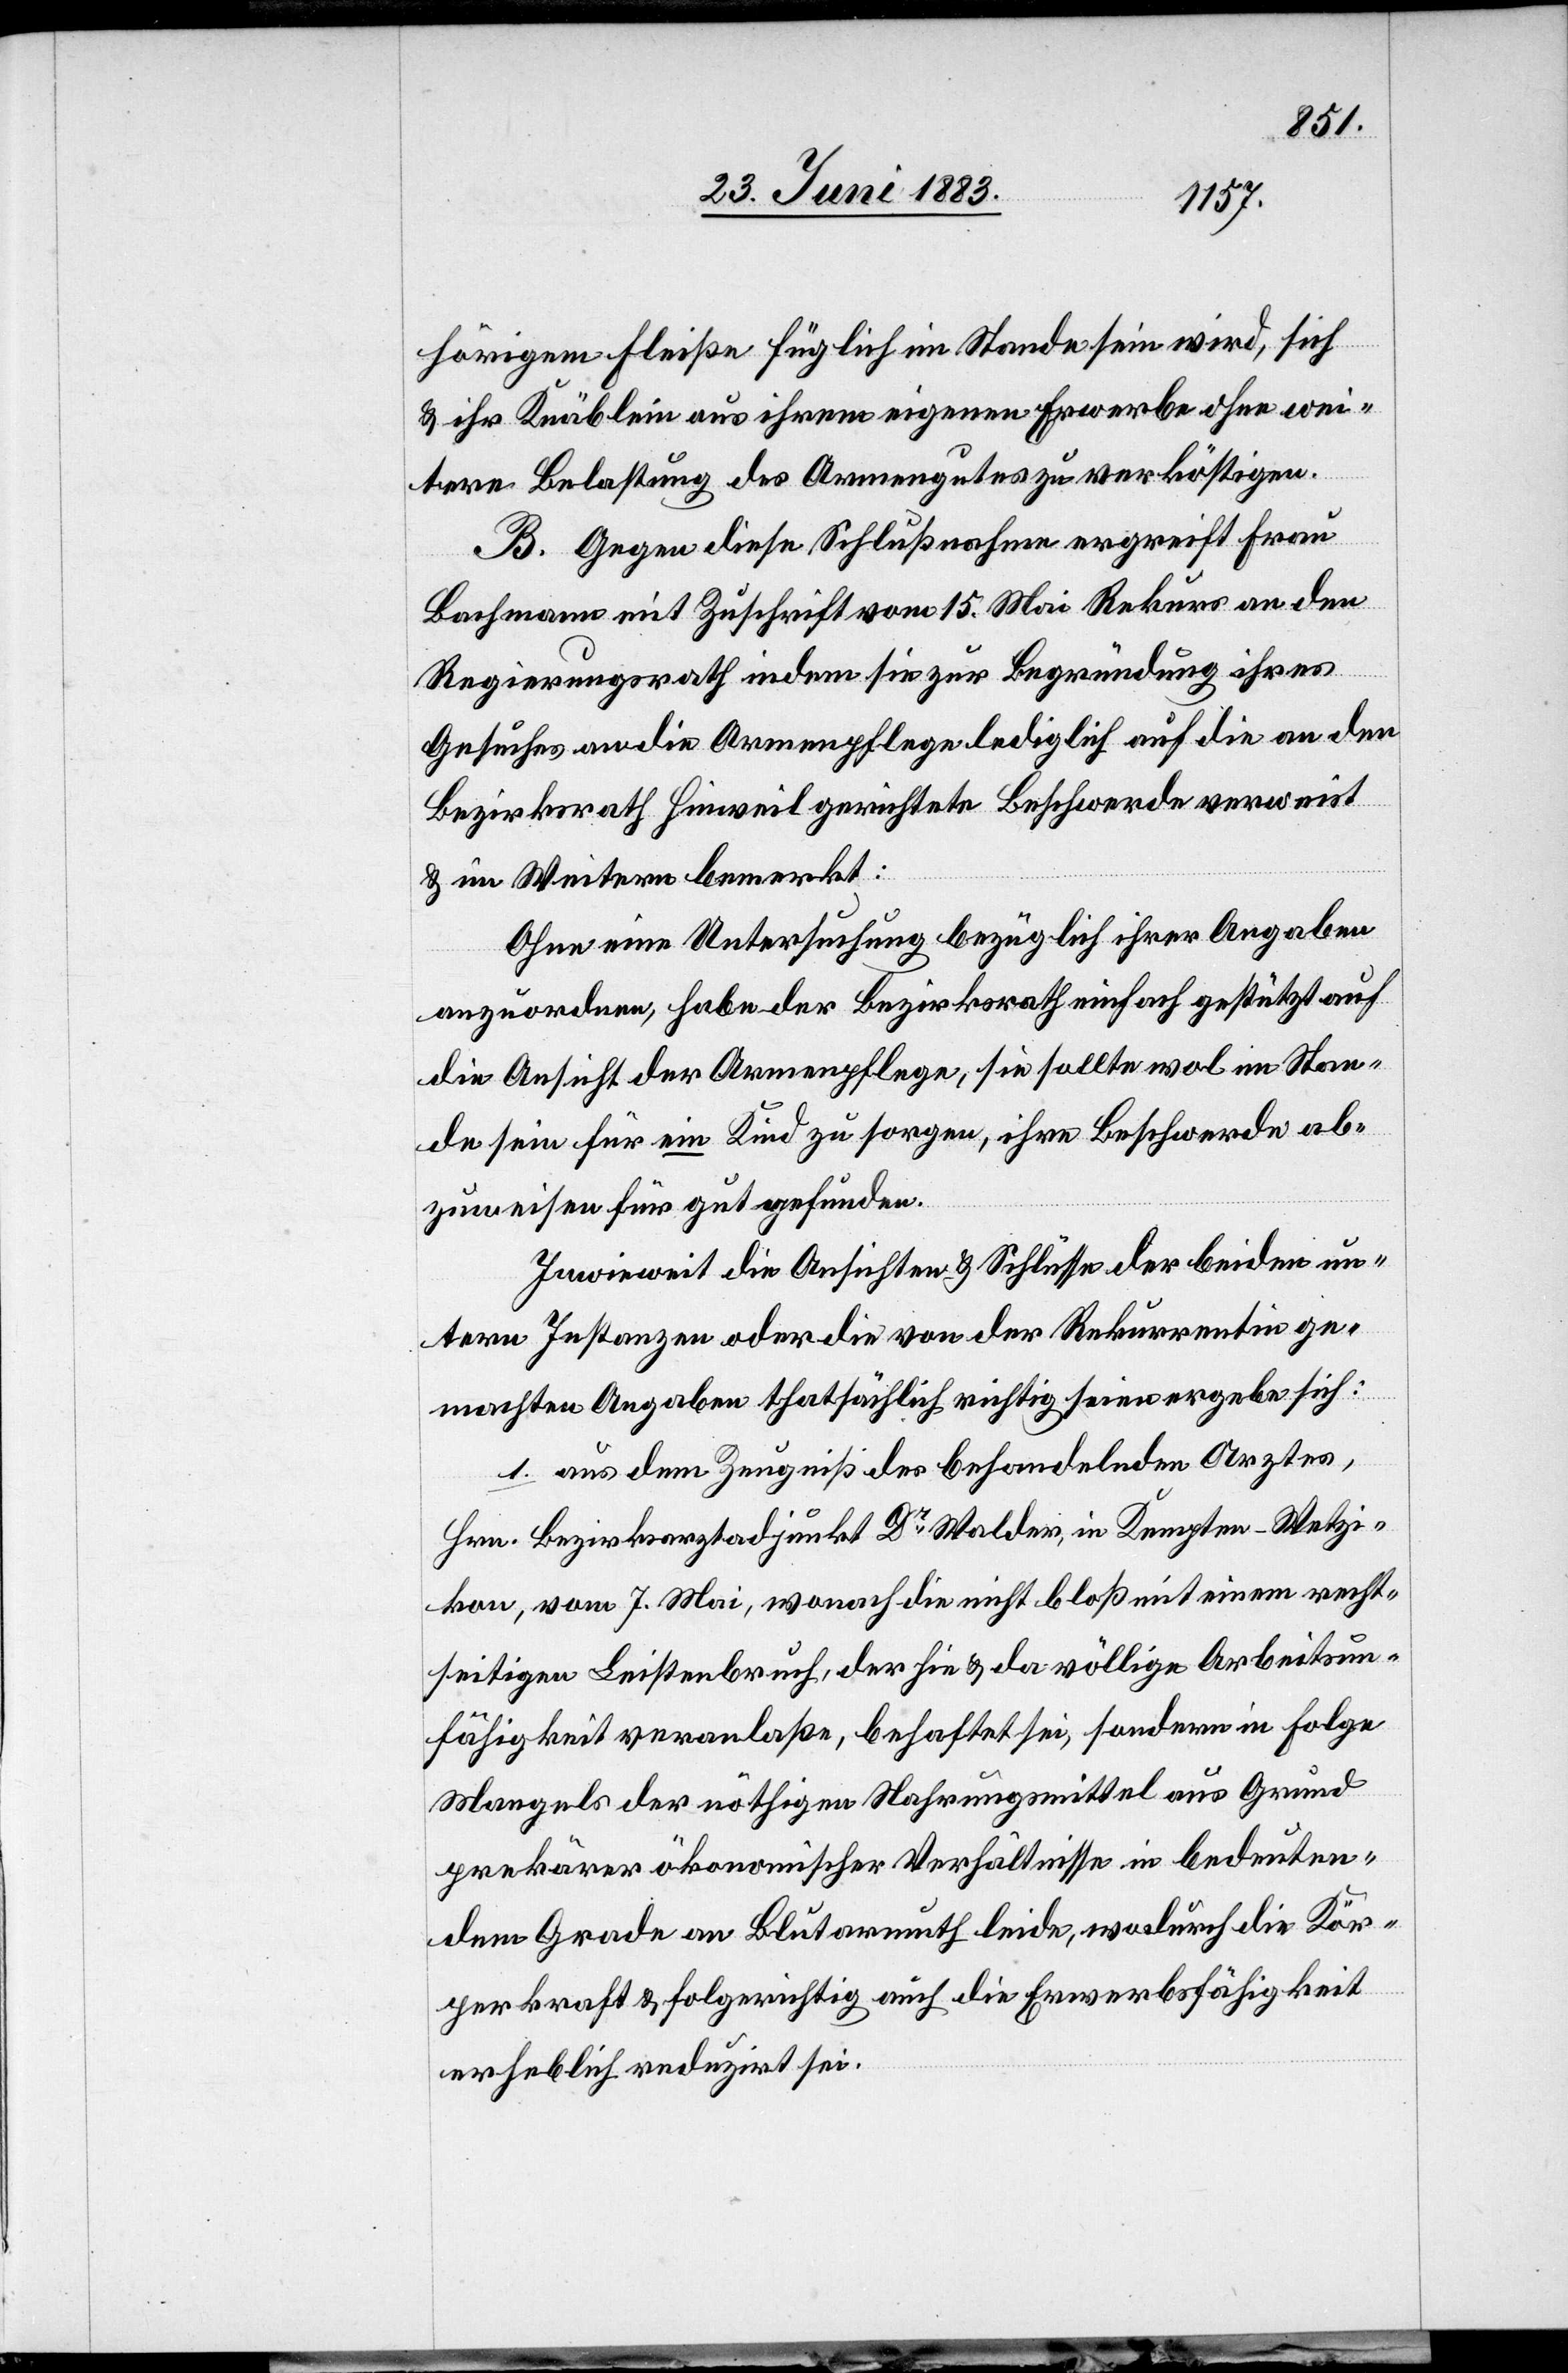
hörigem Fleiße füglich im Stande sein wird, sich
& ihr Knäblein aus ihrem eigenen Erwerbe ohne wei¬
tere Belastung des Armengutes zu verköstigen.
B. Gegen diese Schlußnahme ergreift Frau
Bachmann mit Zuschrift vom 15. Mai Rekurs an den
Regierungsrath indem sie zur Begründung ihres
Gesuches an die Armenpflege lediglich auf die an den
Bezirksrath Hinweil gerichtete Beschwerde verweist
& im Weitern bemerkt:
Ohne eine Untersuchung bezüglich ihrer Angaben
anzuordnen, habe der Bezirksrath einfach gestützt auf
die Ansicht der Armenpflege, sie sollte wol im Stan¬
de sein für ein Kind zu sorgen, ihre Beschwerde ab¬
zuweisen für gut gefunden.
Inwieweit die Ansichten & Schlüsse der beiden un¬
tern Instanzen oder die von der Rekurrentin ge¬
machten Angaben thatsächlich richtig seien ergebe sich:
1. aus dem Zeugniß des behandelnden Arztes,
Hrn. Bezirksarztadjunkt Dr Walder, in Kempten - Wetzi¬
kon, vom 7. Mai, wonach die nicht bloß mit einem recht¬
seitigen Leistenbruch, der hie & da völlige Arbeitsun¬
fähigkeit veranlasse, behaftet sei, sondern in Folge
Mangels der nöthigen Nahrungsmittel aus Grund
prekärer ökonomischer Verhältnisse in bedeuten¬
dem Grade an Blutarmuth leide, wodurch die Kör¬
perkraft & folgerichtig auch die Erwerbsfähigkeit
erheblich reduzirt sei.